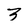
Character: 3